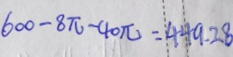
6 0 0 - 8 \pi - 4 0 \pi = 4 4 9 . 2 8